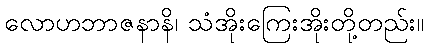
လောဟဘာဇနာနိ၊ သံအိုးကြေးအိုးတို့တည်း။